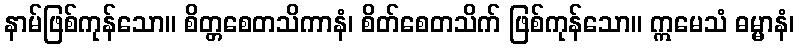
နာမ်ဖြစ်ကုန်သော။ စိတ္တစေတသိကာနံ၊ စိတ်စေတသိက် ဖြစ်ကုန်သော။ ဣမေသံ ဓမ္မာနံ၊